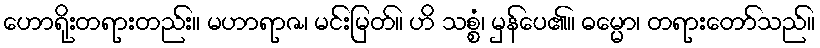
ဟောရိုးတရားတည်း။ မဟာရာဇ၊ မင်းမြတ်။ ဟိ သစ္စံ၊ မှန်ပေ၏။ ဓမ္မော၊ တရားတော်သည်။